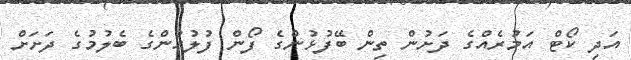
އަދި ކޯޓް އަމުރެއްގެ ދަށުން ތިން ބޭފުޅުންގެ ފޯން ފުލުހުންގެ ބެލުމުގެ ދަށަށް